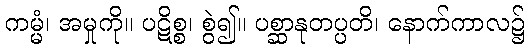
ကမ္မံ၊ အမှုကို။ ပဋိစ္စ၊ စွဲ၍။ ပစ္ဆာနုတပ္ပတိ၊ နောက်ကာလ၌